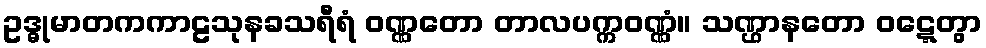
ဥဒ္ဓုမာတကကာဠသုနခသရီရံ ဝဏ္ဏတော တာလပက္ကဝဏ္ဏံ။ သဏ္ဌာနတော ဝဋ္ဋေတွာ